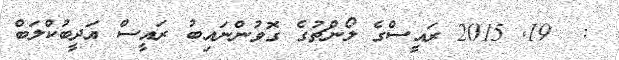
:  19